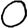
Digit: 0